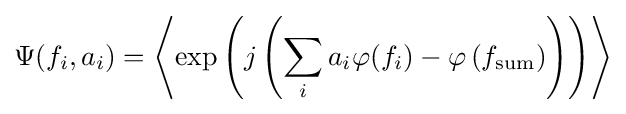
\Psi (f_{i},a_{i})=\left\langle \exp \left(j\left(\sum _{i}a_{i}\varphi (f_{i})-\varphi \left(f_{\text{sum}}\right)\right)\right)\right\rangle